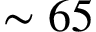
\sim 6 5